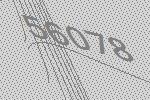
56078